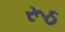
રૂઠ